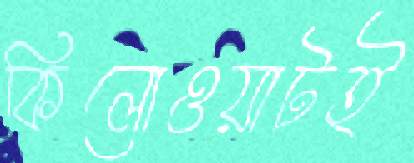
কিলোওয়াটই